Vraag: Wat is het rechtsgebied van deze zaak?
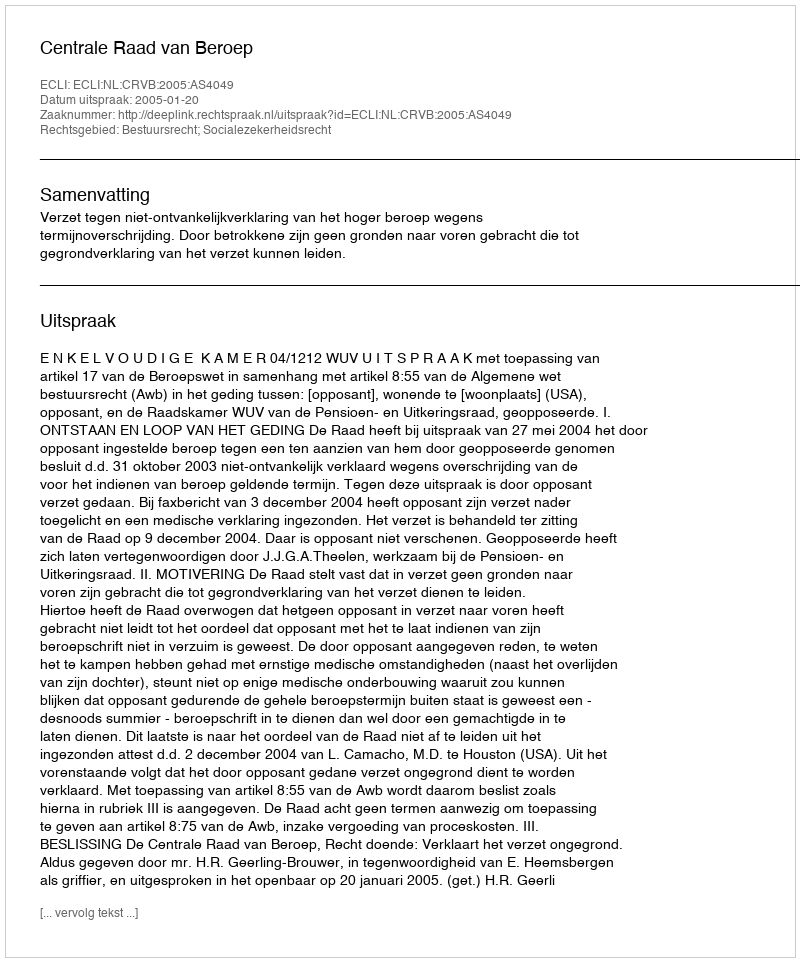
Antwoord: Bestuursrecht; Socialezekerheidsrecht